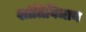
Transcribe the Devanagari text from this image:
शांतिविधान